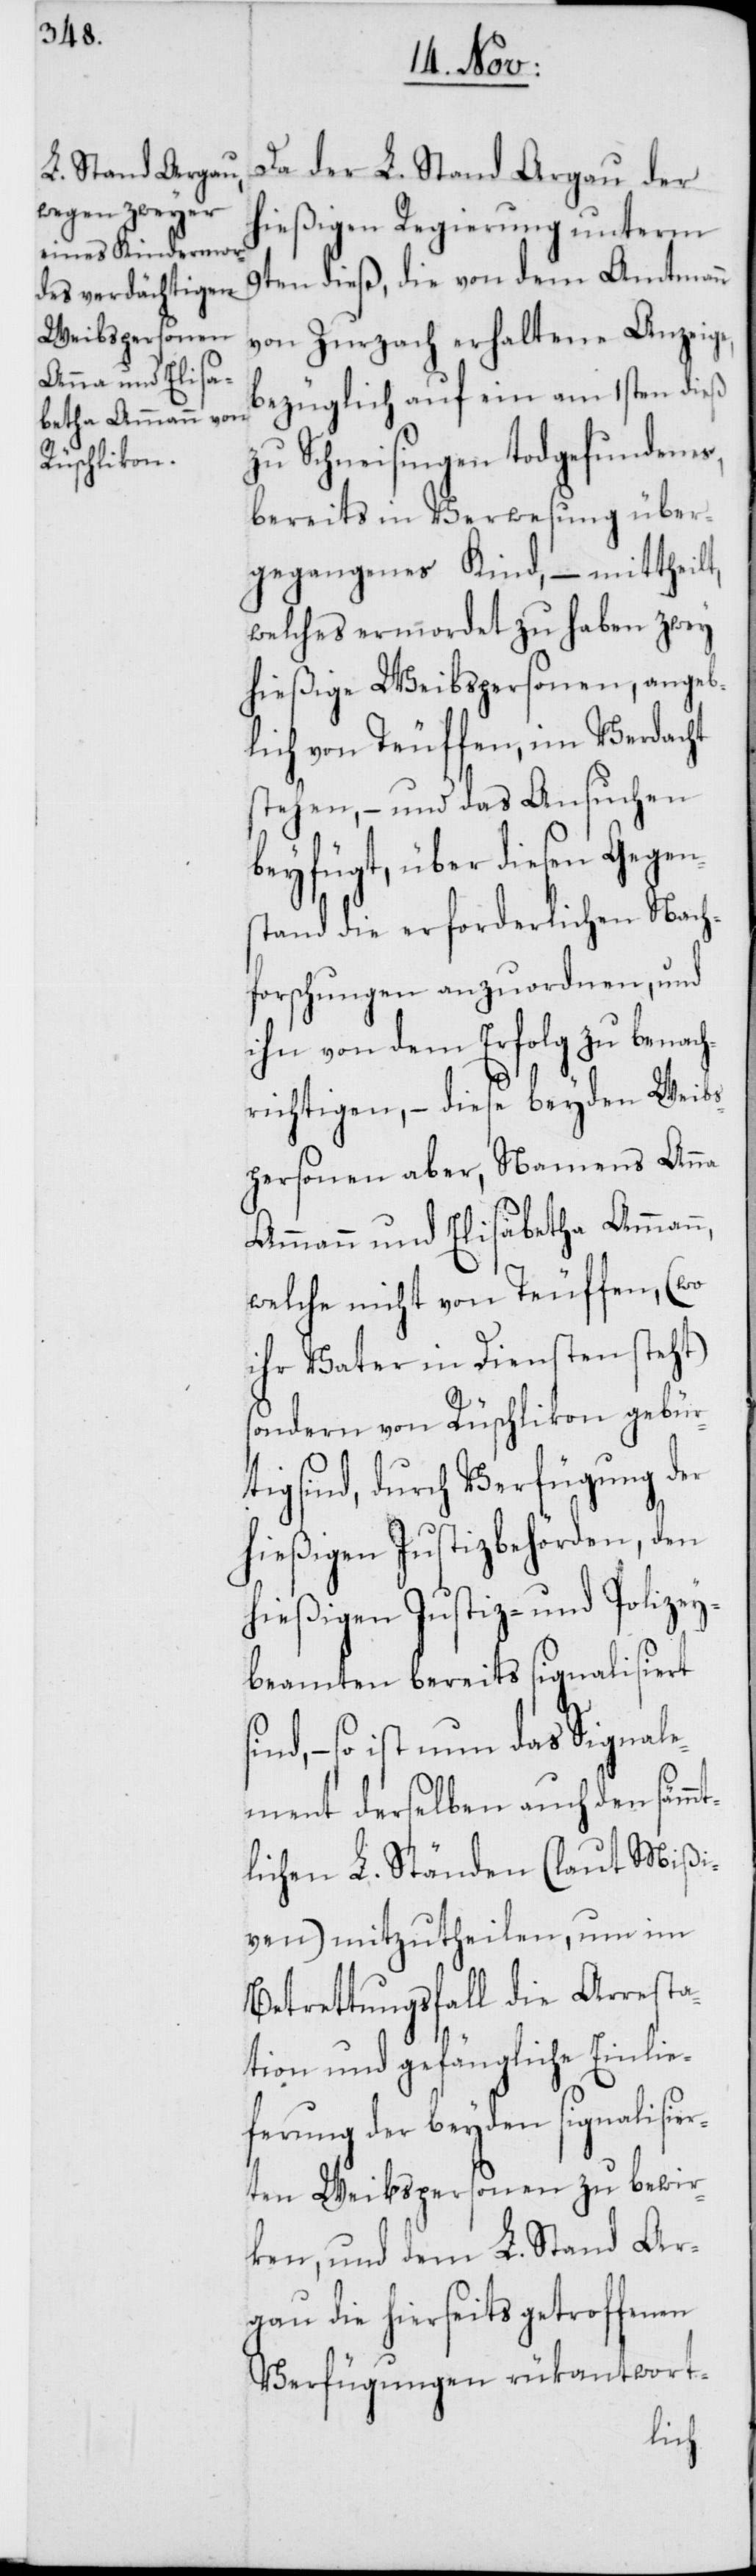
Da der L. Stand Argau der
hießigen Regierung unterm
9ten dieß, die von dem Amtmann
von Zurzach erhaltene Anzeige,
bezüglich auf ein am 1sten dieß
zu Schneisingen todgefundenes,
bereits in Verwesung über¬
gegangenes Kind, – mittheilt,
welches ermordet zu haben zwey
hießige Weibspersonen, angeb¬
lich von Teuffen, im Verdacht
stehen, – und das Ansuchen
beyfügt, über diesen Gegen¬
stand die erforderlichen Nach¬
forschungen anzuordnen, und
ihn von dem Erfolg zu benach¬
richtigen, – diese beyden Weibs¬
personen aber, Namens Anna
Ammann und Elisabetha Ammann,
welche nicht von Teuffen, (wo
ihr Vater in Diensten steht)
sondern von Rüschlikon gebürt¬
ig sind, durch Verfügung der
hießigen Justizbehörden, den
hießigen Justiz- und Polizey¬
beamten bereits signalisiert
so ist nun das Signale¬
ment derselben auch den sämmt¬
lichen L. Ständen (laut Mißi¬
ven) mitzutheilen, um im
Betrettungsfall die Arresta¬
tion und gefängliche Einlie¬
ferung der beyden signalisier¬
ten Weibspersonen zu bewir¬
ken, und dem L. Stand Ar¬
gau die hierseits getroffenen
Verfügungen rükantwort-